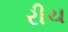
રીચ